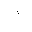
Letter: _alif